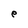
Character: e